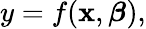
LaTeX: y=f(\mathbf{x},{\boldsymbol{\beta}}),